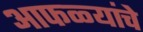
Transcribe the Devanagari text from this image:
आफळ्यांचे